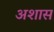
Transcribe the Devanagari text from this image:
अशास